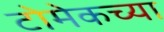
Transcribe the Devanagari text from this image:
टोमेकच्या